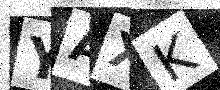
Text: YAXK